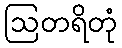
ဩတရိတုံ